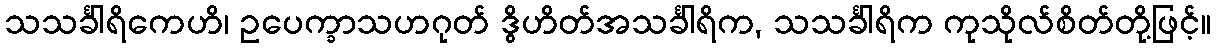
သသင်္ခါရိကေဟိ၊ ဥပေက္ခာသဟဂုတ် ဒွိဟိတ်အသင်္ခါရိက, သသင်္ခါရိက ကုသိုလ်စိတ်တို့ဖြင့်။